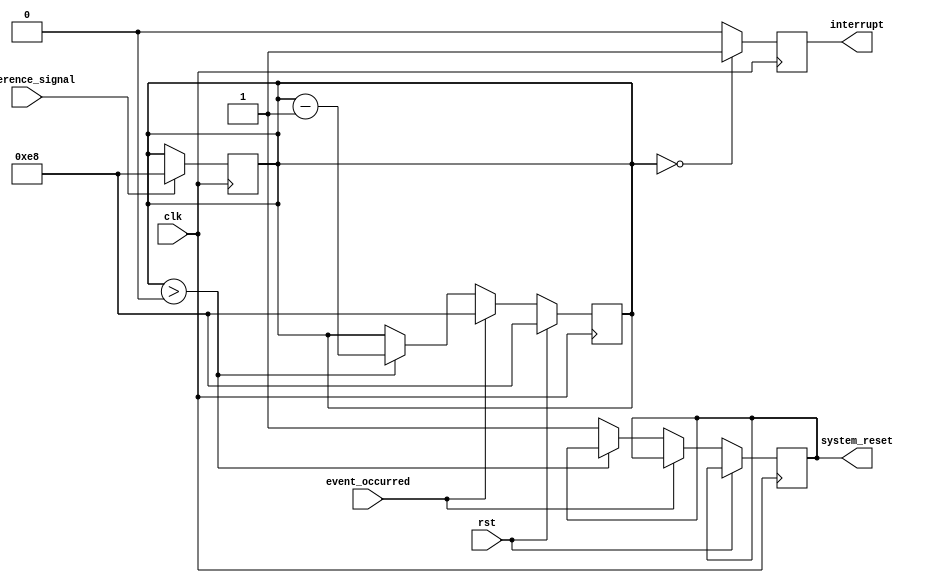
module watchdog_timer (
    input wire clk,
    input wire rst,
    input wire reference_signal,
    input wire event_occurred,
    output reg interrupt,
    output reg system_reset
);

parameter PRESET_VALUE = 1000; // Set preset value for counter

reg [7:0] counter;

always @(posedge clk) begin
    if (rst) begin
        counter <= PRESET_VALUE;
    end else begin
        if (event_occurred) begin
            counter <= PRESET_VALUE;
        end else begin
            if (counter > 0) begin
                counter <= counter - 1;
            end else begin
                system_reset <= 1; // Reset system when counter reaches zero
            end
        end
    end
end

always @(posedge clk) begin
    if (reference_signal) begin
        counter <= PRESET_VALUE; // Update counter with reference signal
    end
end

always @(posedge clk) begin
    if (counter == 0) begin
        interrupt <= 1; // Generate interrupt when counter reaches zero
    end else begin
        interrupt <= 0;
    end
end

endmodule